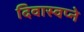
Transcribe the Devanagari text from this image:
दिवास्वप्ने